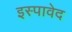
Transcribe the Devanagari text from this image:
इस्पावेद